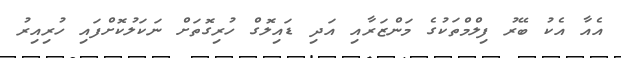
އެއާ އެކު ބޭރު ފިލްމްތަކުގެ މަންޒަރާއި އަދި ޑައިލޮގް ހުރިގޮތަށް ނަކަލުކޮށްފައި ހުރިއިރު